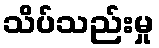
သိပ်သည်းမှု